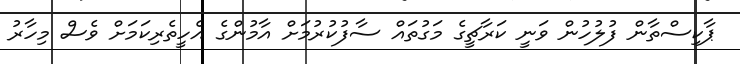
ޕާކިސްތާން ފުލުހުން ވަނީ ކަރާޗީގެ މަގުތައް ސާފުކުރުމަށް އާމުންގެ އެހީތެރިކަމަށް ވެސް މިހާރު